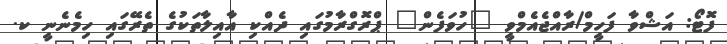
ފޮޓޯ: އަޝްވާ ފަހީމް/ރާއްޖެއެމްވީ "ހުވަފެން" ޕްރޮގްރާމުގައި ދެއްކި އާއިލާތަކުގެ ތެރޭގައި ހިމެނެނީ ކ.